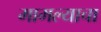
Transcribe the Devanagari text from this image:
मामल्याचा